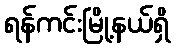
ရန်ကင်းမြို့နယ်ရှိ